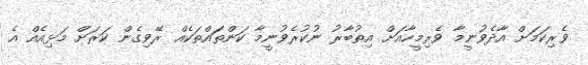
ވެރިކަމަށް އާދެވުނީމާ ވެރިމީހާއަށް އިތުބާރު ނުކުރެވުނީމާ ކަންތައްތަކެއް ރޭވިގެން ކަރަށް މަޅިއެއް އެ